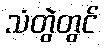
သံတွဲတွင်